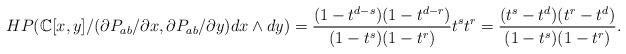
LaTeX: \begin{align*} HP(\mathbb{C}[x,y]/(\partial P_{ab}/\partial x,\partial P_{ab}/\partial y)dx\wedge dy) = \frac{(1-t^{d-s})(1-t^{d-r})}{(1-t^{s})(1-t^{r})}t^st^r = \frac{(t^{s}-t^{d})(t^{r}-t^{d})}{(1-t^{s})(1-t^{r})}.\end{align*}